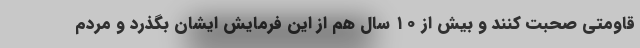
قاومتی صحبت کنند و بیش از ۱۰ سال هم از این فرمایش ایشان بگذرد و مردم